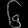
Digit: ၆